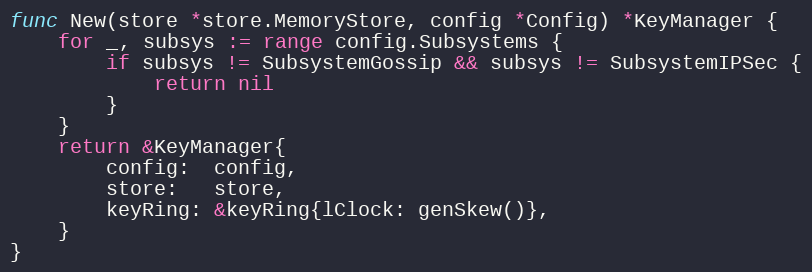
Language: Go
func New(store *store.MemoryStore, config *Config) *KeyManager {
	for _, subsys := range config.Subsystems {
		if subsys != SubsystemGossip && subsys != SubsystemIPSec {
			return nil
		}
	}
	return &KeyManager{
		config:  config,
		store:   store,
		keyRing: &keyRing{lClock: genSkew()},
	}
}